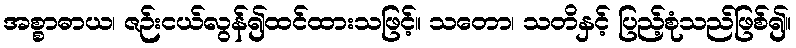
အစ္စာဓာယ၊ ဇဉ်းငယ်လွန်၍ထင်ထားသဖြင့်။ သတော၊ သတိနှင့် ပြည့်စုံသည်ဖြစ်၍။